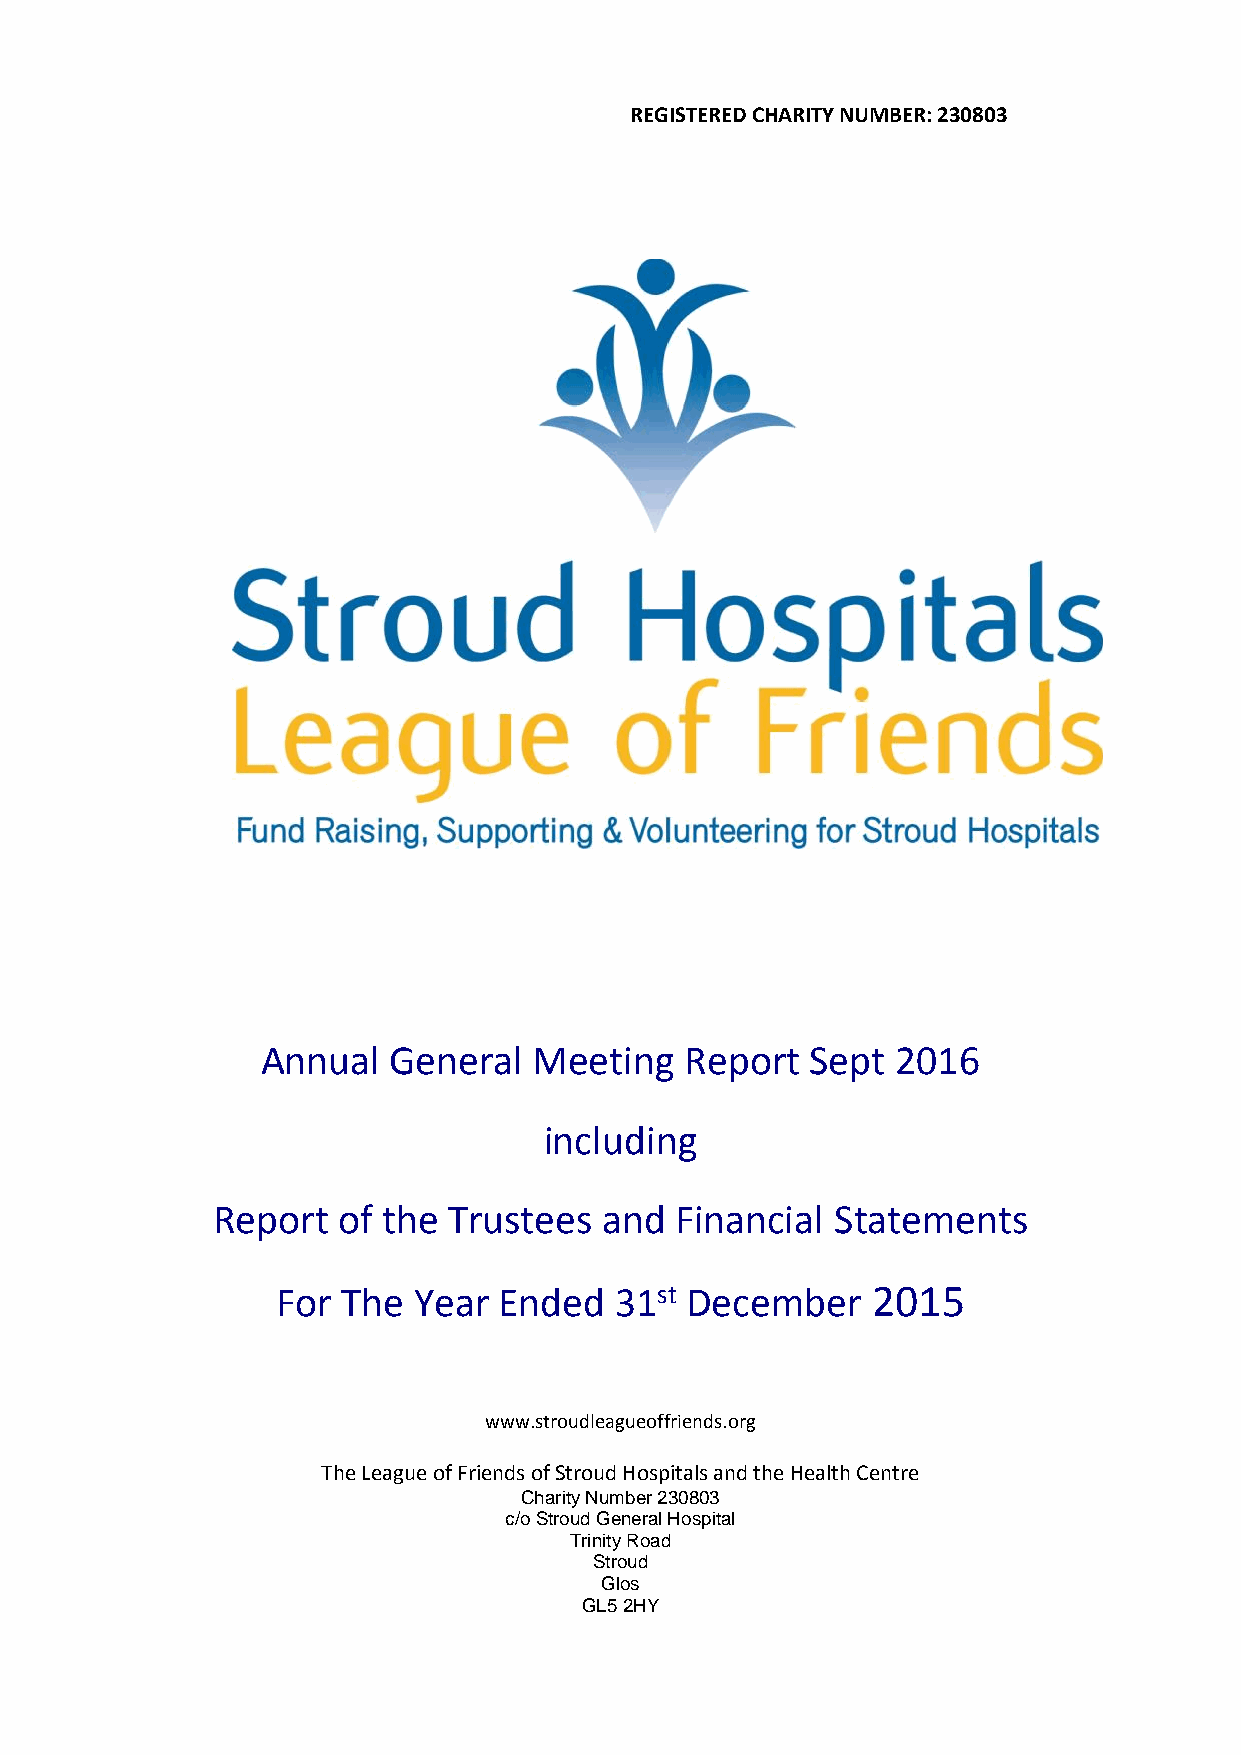
REGISTERED CHARITY NUMBER: 230803
 Annual   General  Meeting   Report   Sept 2016
 including
 Report  of the  Trustees  and  Financial Statements
 For  The Year  Ended   31st December    2015
 www.stroudleagueoffriends.org
 The League of Friends of Stroud Hospitals and the Health Centre
 Charity Number 230803
 c/o Stroud General Hospital
 Trinity Road
 Stroud
 Glos
 GL5 2HY